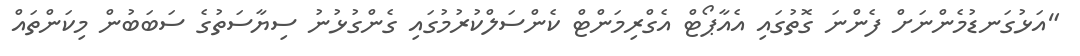
"އަޅުގަނޑުމެންނަށް ފެންނަ ގޮތުގައި އެއާޕޯޓް އެގްރިމަންޓް ކެންސަލްކުރުމުގައި ގެންގުޅުނު ސިޔާސަތުގެ ސަބަބުން މިކަންތައް